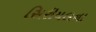
સિરીયલના